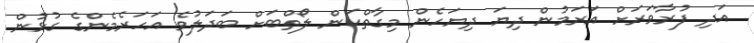
އަދި ފުރާވަރަށް އަރަމުން ދިޔަ ދިޔަހެން މިގާތްކަން ލޯތްބަށް ބަދަލުވެ އަހަރެމެންގެ ގުޅުން